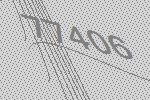
77406